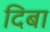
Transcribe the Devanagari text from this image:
दिबा